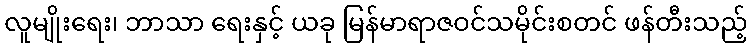
လူမျိုးရေး၊ ဘာသာ ရေးနှင့် ယခု မြန်မာရာဇဝင်သမိုင်းစတင် ဖန်တီးသည့်